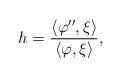
LaTeX: \begin{align*} h = \frac{\langle\varphi'',\xi\rangle}{\langle \varphi,\xi\rangle},\end{align*}